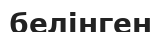
белінген